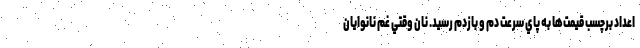
اعداد برچسب قيمت‌ها به پاي سرعت دم و بازدم رسيد. نان وقتي غم نانوايان